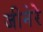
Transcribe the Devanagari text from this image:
जीनेरे